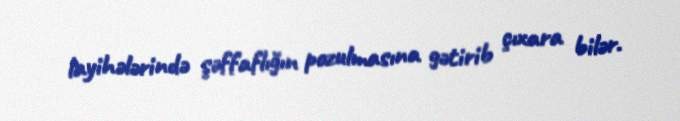
layihələrində şəffaflığın pozulmasına gətirib çıxara bilər.